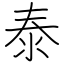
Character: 泰